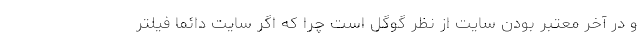
و در آخر معتبر بودن سایت از نظر گوگل است چرا که اگر سایت دائما فیلتر